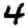
Digit: 4